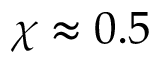
\chi \approx 0 . 5